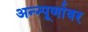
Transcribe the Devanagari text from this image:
अन्न्पूर्णावर